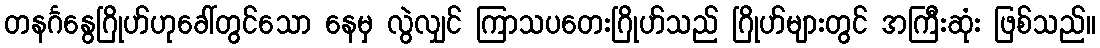
တနင်္ဂနွေဂြိုဟ်ဟုခေါ်တွင်သော နေမှ လွဲလျှင် ကြာသပတေးဂြိုဟ်သည် ဂြိုဟ်များတွင် အကြီးဆုံး ဖြစ်သည်။